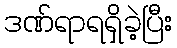
ဒဏ်ရာရရှိခဲ့ပြီး